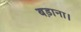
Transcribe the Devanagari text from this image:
बड़ाना।